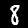
Label: 8